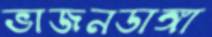
ভাজনডাঙ্গা